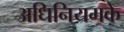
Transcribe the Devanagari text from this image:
अधिनियमके